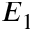
E _ { 1 }